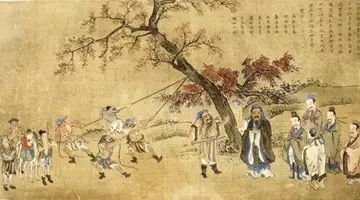
近者不亲，无务求远